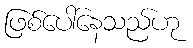
ဖြစ်ပေါ်နေသည်ဟု